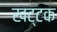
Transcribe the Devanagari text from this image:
खट्टक